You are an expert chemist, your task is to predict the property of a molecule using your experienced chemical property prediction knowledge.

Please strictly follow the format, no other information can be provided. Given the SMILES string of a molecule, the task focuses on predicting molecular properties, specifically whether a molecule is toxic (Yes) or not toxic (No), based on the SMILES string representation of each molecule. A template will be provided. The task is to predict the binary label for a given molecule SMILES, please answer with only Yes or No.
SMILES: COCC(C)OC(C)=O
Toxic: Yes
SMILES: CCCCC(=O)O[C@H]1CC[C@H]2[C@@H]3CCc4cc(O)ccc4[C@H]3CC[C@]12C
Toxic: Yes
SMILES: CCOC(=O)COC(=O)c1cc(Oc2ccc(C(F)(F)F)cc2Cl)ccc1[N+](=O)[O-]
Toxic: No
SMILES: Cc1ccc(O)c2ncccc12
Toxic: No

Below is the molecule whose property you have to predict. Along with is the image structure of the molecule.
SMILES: N#CCc1cccc(C(F)(F)F)c1
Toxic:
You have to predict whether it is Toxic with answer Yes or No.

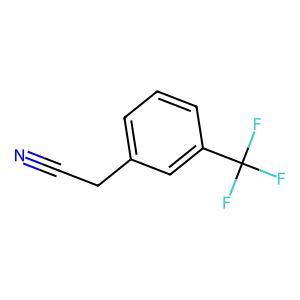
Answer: No